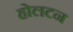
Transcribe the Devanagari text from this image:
होलटन